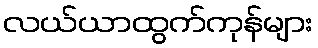
လယ်ယာထွက်ကုန်များ